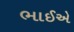
ભાઈએ